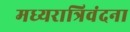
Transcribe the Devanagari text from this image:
मध्यरात्रिवंदना